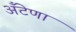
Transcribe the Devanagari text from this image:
अँटेणा